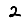
Digit: 2